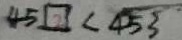
4 5 \square < 4 5 3